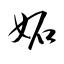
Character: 妬